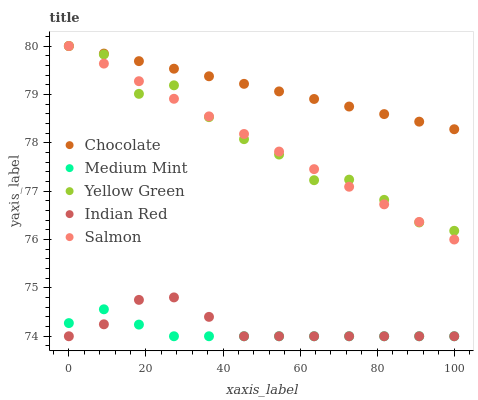
| xaxis_label | Chocolate | Medium Mint | Yellow Green | Indian Red | Salmon |
 | --- | --- | --- | --- | --- | --- |
 | 0 | 80 | 74.3 | 80 | 74 | 80 |
 | 9.09 | 79.8 | 74.6 | 79.8 | 74.2 | 79.6 |
 | 18.2 | 79.7 | 74.2 | 79 | 74.8 | 79.3 |
 | 27.3 | 79.5 | 74 | 79.2 | 74.8 | 78.9 |
 | 36.4 | 79.4 | 74 | 78.5 | 74.4 | 78.5 |
 | 45.5 | 79.2 | 74 | 78.1 | 74 | 78.2 |
 | 54.5 | 79.1 | 74 | 77.8 | 74 | 77.8 |
 | 63.6 | 78.9 | 74 | 77.2 | 74 | 77.5 |
 | 72.7 | 78.7 | 74 | 77.2 | 74 | 77.1 |
 | 81.8 | 78.6 | 74 | 76.8 | 74 | 76.7 |
 | 90.9 | 78.4 | 74 | 76.4 | 74 | 76.4 |
 | 100 | 78.3 | 74 | 76.2 | 74 | 76 |